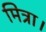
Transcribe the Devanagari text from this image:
मित्रा।